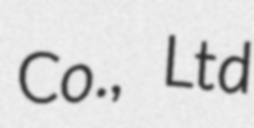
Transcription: Co., Ltd